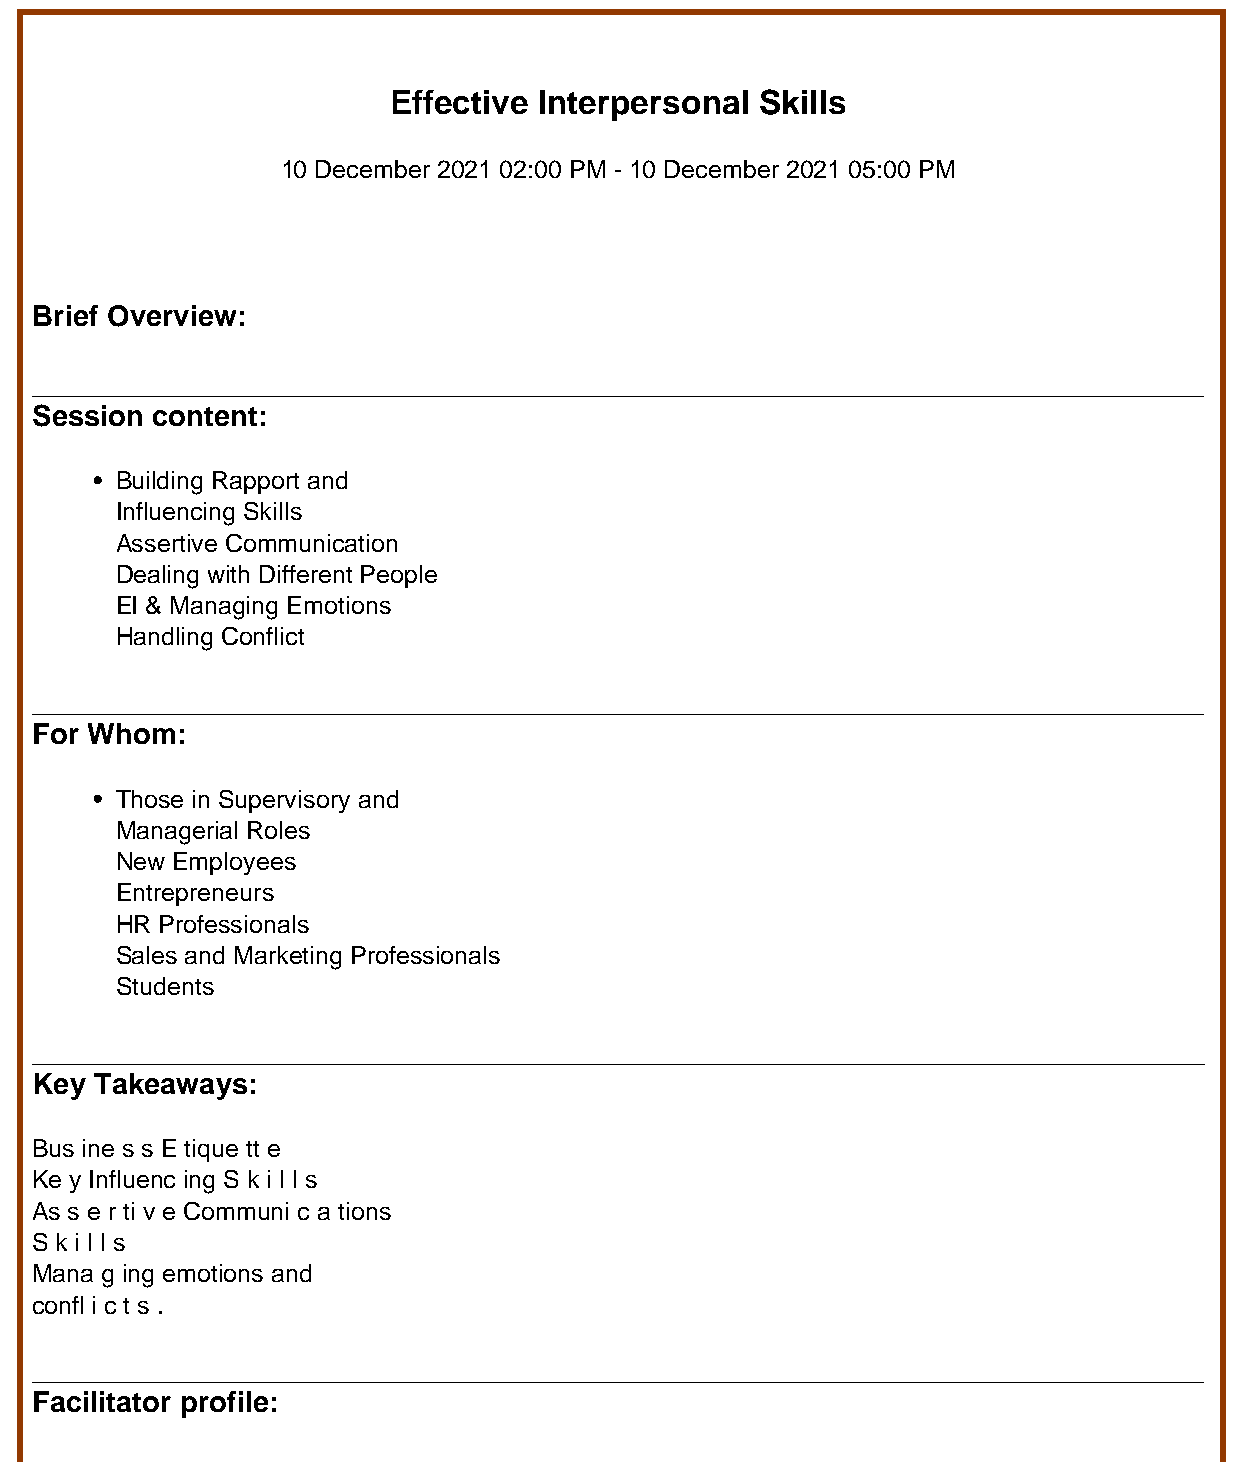
Effective Interpersonal Skills
 10 December 2021 02:00 PM - 10 December 2021 05:00 PM
 Brief Overview:
 Session content:
 Building Rapport and
 Influencing Skills
 Assertive Communication
 Dealing with Different People
 EI & Managing Emotions
 Handling Conflict
 For Whom:
 Those in Supervisory and
 Managerial Roles
 New Employees
 Entrepreneurs
 HR Professionals
 Sales and Marketing Professionals
 Students
 Key Takeaways:
 Bus ine s s E tique tt e
 Ke y Influenc ing S k i l l s
 As s e r ti v e Communi c a tions
 S k i l l s
 Mana g ing emotions and
 confl i c t s .
 Facilitator profile: